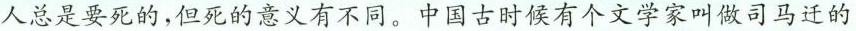
人总是要死的，但死的意义有不同。中国古时候有个文学家叫做司马迁的